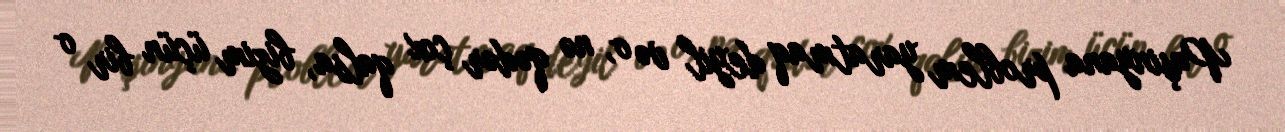
Paşinyana problem yaratmaq deyil və o, nə qədər çox qalsa, bizim üçün bir o